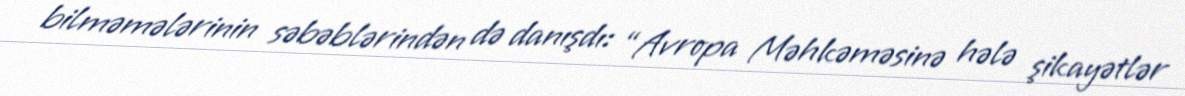
bilməmələrinin səbəblərindən də danışdı: “Avropa Məhkəməsinə hələ şikayətlər